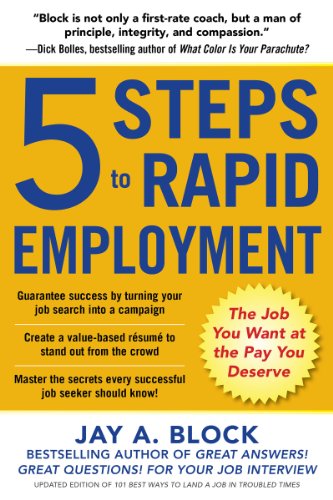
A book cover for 5 Steps to Rapid Employment: The Job You Want at the Pay You Deserve; Jay A. Block; Business & Money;